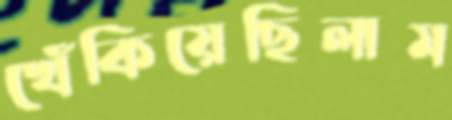
খেঁকিয়েছিলাম